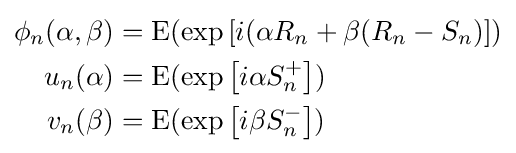
{\begin{aligned}\phi _{n}(\alpha ,\beta )&=\operatorname {E} (\exp \left[i(\alpha R_{n}+\beta (R_{n}-S_{n})\right])\\u_{n}(\alpha )&=\operatorname {E} (\exp \left[i\alpha S_{n}^{+}\right])\\v_{n}(\beta )&=\operatorname {E} (\exp \left[i\beta S_{n}^{-}\right])\end{aligned}}